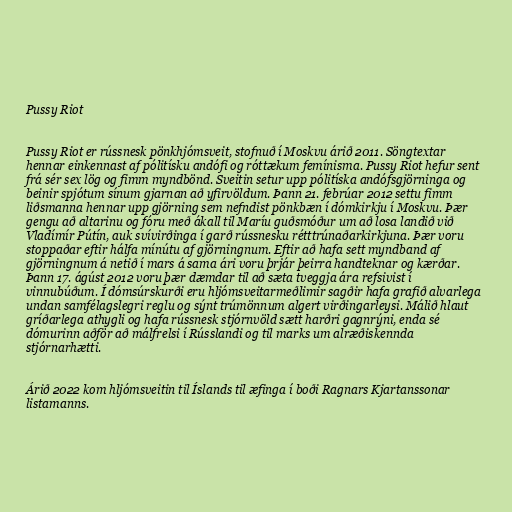
Pussy Riot

Pussy Riot er rússnesk pönkhjómsveit, stofnuð í Moskvu árið 2011. Söngtextar
hennar einkennast af pólitísku andófi og róttækum femínisma. Pussy Riot hefur sent
frá sér sex lög og fimm myndbönd. Sveitin setur upp pólitíska andófsgjörninga og
beinir spjótum sínum gjarnan að yfirvöldum. Þann 21. febrúar 2012 settu fimm
liðsmanna hennar upp gjörning sem nefndist pönkbæn í dómkirkju í Moskvu. Þær
gengu að altarinu og fóru með ákall til Maríu guðsmóður um að losa landið við
Vladímír Pútín, auk svívirðinga í garð rússnesku rétttrúnaðarkirkjuna. Þær voru
stoppaðar eftir hálfa mínútu af gjörningnum. Eftir að hafa sett myndband af
gjörningnum á netið í mars á sama ári voru þrjár þeirra handteknar og kærðar.
Þann 17. ágúst 2012 voru þær dæmdar til að sæta tveggja ára refsivist í
vinnubúðum. Í dómsúrskurði eru hljómsveitarmeðlimir sagðir hafa grafið alvarlega
undan samfélagslegri reglu og sýnt trúmönnum algert virðingarleysi. Málið hlaut
gríðarlega athygli og hafa rússnesk stjórnvöld sætt harðri gagnrýni, enda sé
dómurinn aðför að málfrelsi í Rússlandi og til marks um alræðiskennda
stjórnarhætti.

Árið 2022 kom hljómsveitin til Íslands til æfinga í boði Ragnars Kjartanssonar
listamanns.